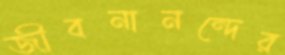
জীবনানন্দের